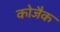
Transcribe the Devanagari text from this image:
कोजैक